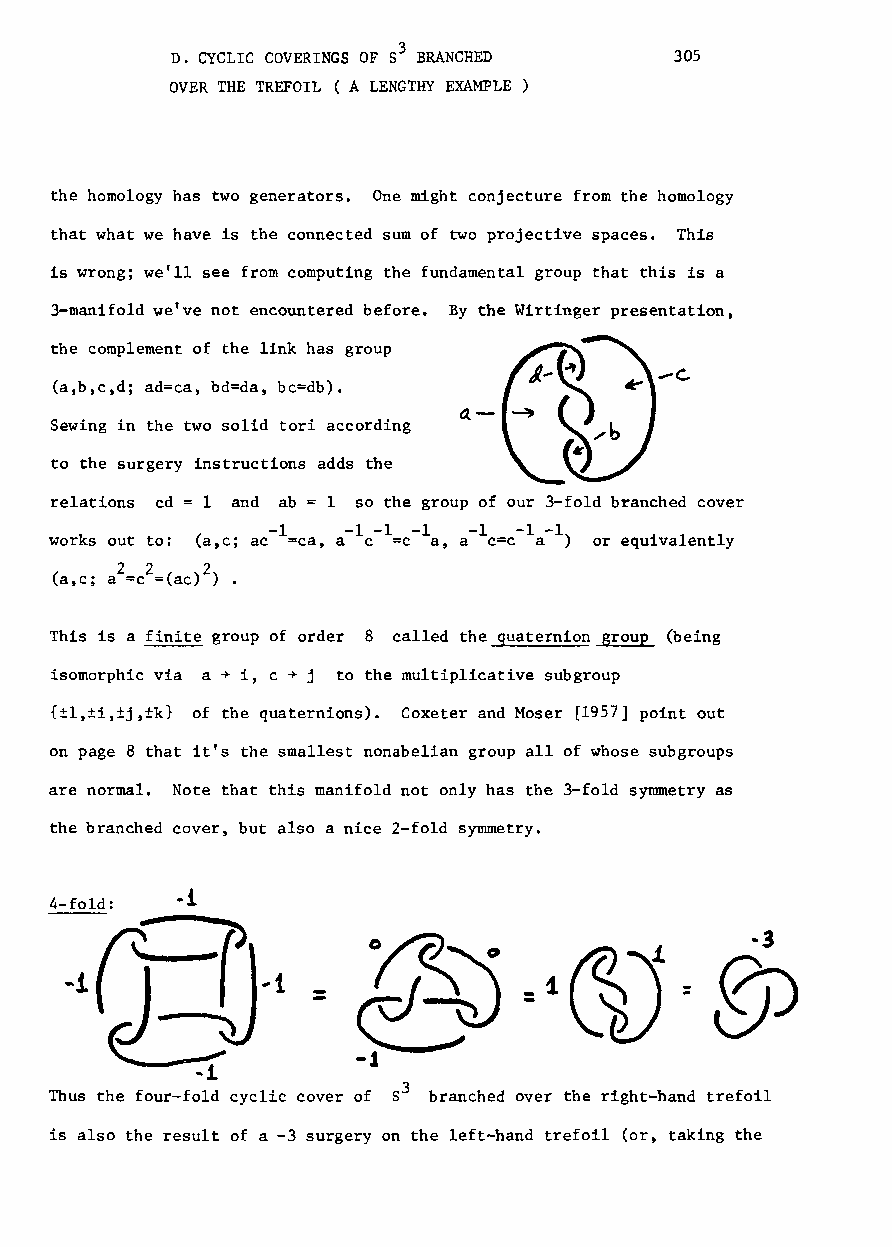
D. CYCLIC COVERINGS OF 53 BRANCHED 305
 OVER THE TREFOIL ( A LENGTHY EXAMPLE
 the homology has two generators. One might conjecture from the homology
 that what we have is the connected sum of two projective spaces. This
 is wrong; we'll see from computing the fundamental group that this is a
 3-manifold we've not encountered before. By the Wirtinger presentation,
 the complement of the link has group
 (a,b,c,d; ad=ca, bd=da, bc=db).
 a.-
 Sewing in the two solid tori according
 to the surgery instructions adds the
 relations cd = land ab = 1 so the group of our 3-fo1d branched cover
 ..     -1   -1 -1 -1 -1 -1-1
 works out to (a,c; ac =ca, a c =c a, a c=c a ) or equivalently
 222
 (a,e; a =c =(ac) ) •
 This is a finite group of order 8 called the guaternion~ (being
 isomorphic via a ~ i, c ~ j to the multiplicative subgroup
 {±l,±i,±j,±k} of the quaternions). Coxeter and Moser [1957] point out
 on page 8 that it's the smallest nonabelian group all of whose subgroups
 are normal. Note that this manifold not only has the 3-fold symmetry as
 the branched cover, but also a nice 2-fo1d symmetry.
 --
 Thus the four-fold cyclic cover of 53 branched over the right-hand trefoil
 is also the result of a -3 surgery on the left-hand trefoil (or, taking the